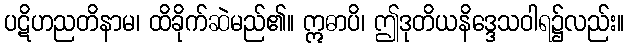
ပဋိဟညတိနာမ၊ ထိခိုက်ဆဲမည်၏။ ဣဓာပိ၊ ဤဒုတိယနိဒ္ဒေသဝါရ၌လည်း။